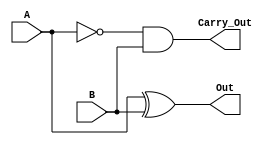
/*
	Meio Subtrator
*/
module sub_half(Out, Carry_Out, A, B);
	input A, B;
	output Out, Carry_Out;

	wire A_Inv;
	
	not Inv0(A_Inv, A);
	
	xor Xor0(Out, A, B);
	and And0(Carry_Out, A_Inv, B);
	
endmodule